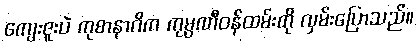
ကျေးဇူးပဲ ကုစာနာဂိက ကုမ္ပဏီဝန်ထမ်းကို လှမ်းပြောသည်။